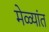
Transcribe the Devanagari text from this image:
मेळ्यांत